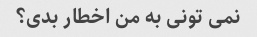
نمی تونی به من اخطار بدی؟